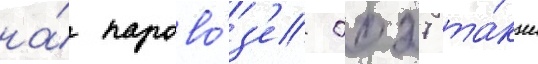
на́ парово́з'е 0027 та́кже